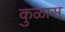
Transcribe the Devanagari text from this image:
कुळास